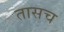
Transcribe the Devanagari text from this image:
तासच